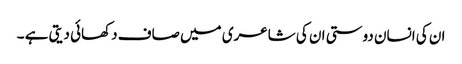
ان کی انسان دوستی ان کی شاعری میں صاف دکھائی دیتی ہے ۔